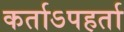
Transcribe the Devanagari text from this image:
कर्ताऽपहर्ता